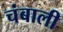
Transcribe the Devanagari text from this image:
चंबाली